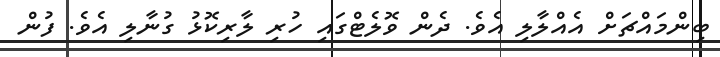
ބިންމައްޗަށް އެއްލާލި އެވެ. ދެން ވޮލެޓްގައި ހުރި ލާރިކޮޅު ގުނާލި އެވެ. ފުން